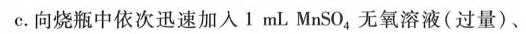
c. 向烧瓶中依次迅速加入1mLMnSO_{4}无氧溶液(过量)、